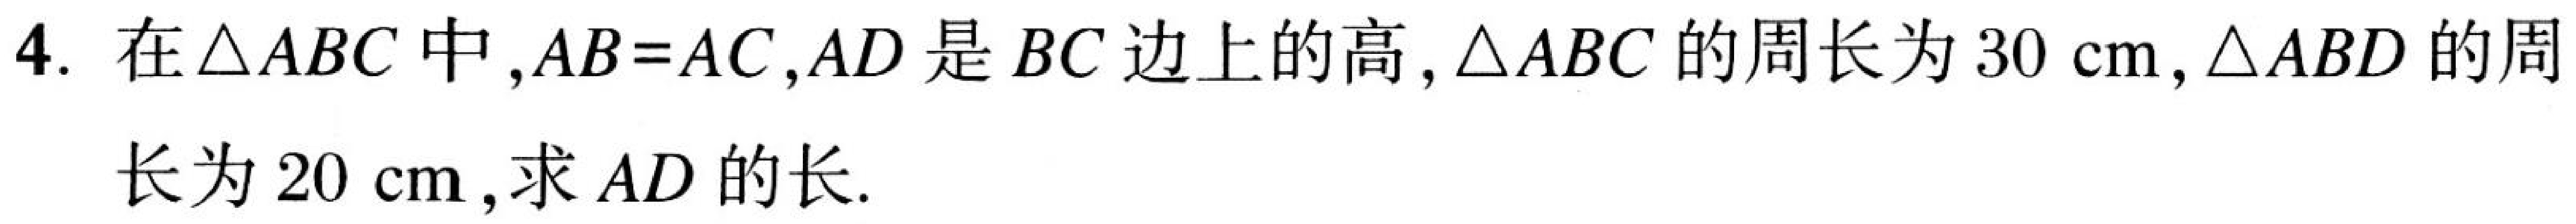
4. 在\(\triangle ABC\) 中，\(AB = AC\)，\(AD\) 是 \(BC\) 边上的高，\(\triangle ABC\) 的周长为 \(30\mathrm{cm}\)，\(\triangle ABD\) 的周
长为 \(20\mathrm{cm}\)，求 \(AD\) 的长.